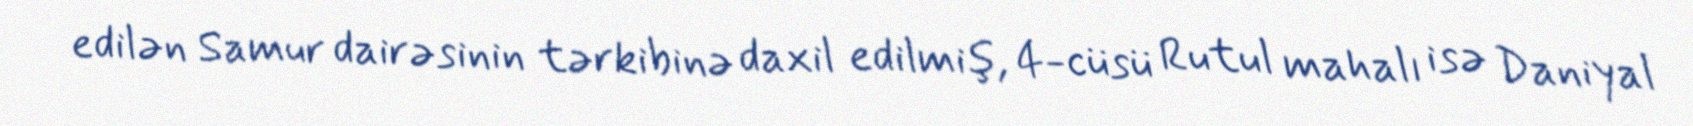
edilən Samur dairəsinin tərkibinə daxil edilmiş, 4-cüsü Rutul mahalı isə Daniyal